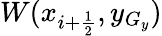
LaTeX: W(x_{i+\frac{1}{2}},y_{G_{y}})